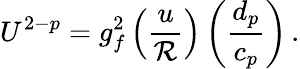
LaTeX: U^{2-p}=g_{f}^{2}\left({\frac{u}{\cal R}}\right)\left({\frac{d_{p}}{c_{p}}}\right)\, .